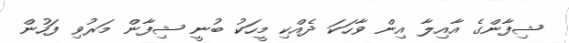
ޝިފާންގެ އާއިލާ އިން ވާހަކަ ދެއްކި މީހަކު ބުނީ ޝިފާން މަރުވި ފަހުން